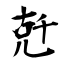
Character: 兛